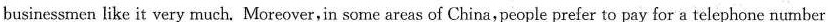
businessmen like it very much. Moreover,in some areas of China, people prefer to pay for a telephone number